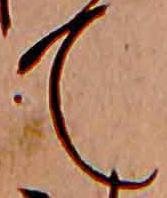
て